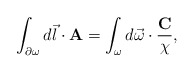
\begin{align*}\int_{{\bf \partial}\omega}d\vec{l}\cdot{\bf A}=\int_{\omega}d\vec{\omega}\cdot\frac{{\bf C}}{\chi},\end{align*}